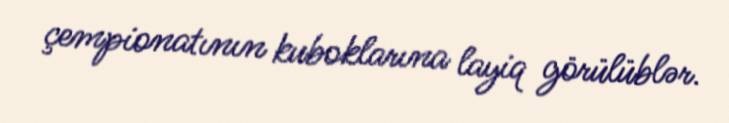
çempionatının kuboklarına layiq görülüblər.